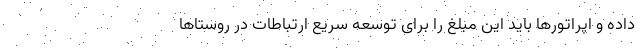
داده و اپراتورها باید این مبلغ را برای توسعه سریع ارتباطات در روستاها